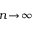
\textstyle n \! \to \! \infty